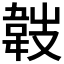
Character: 𩎢